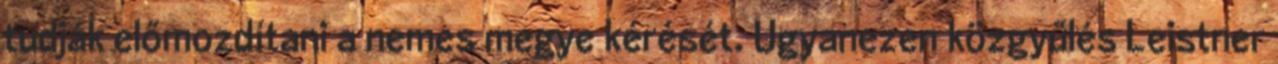
tudják előmozdítani a nemes megye kérését. Ugyanezen közgyűlés Leistner